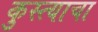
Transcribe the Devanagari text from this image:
कुस्त्याचा